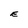
Character: E